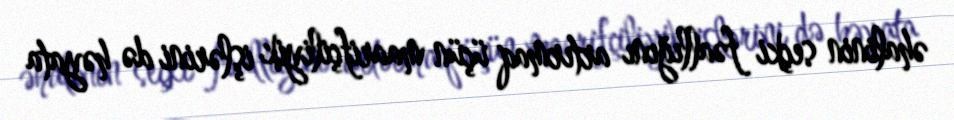
əhalinin seçki fəallığını artırmaq üçün maarifçiliyik işlərini də həyata